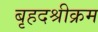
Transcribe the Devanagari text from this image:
बृहदश्रीक्रम